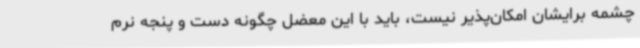
چشمه برایشان امکان‌پذیر نیست، باید با این معضل چگونه دست و پنجه نرم